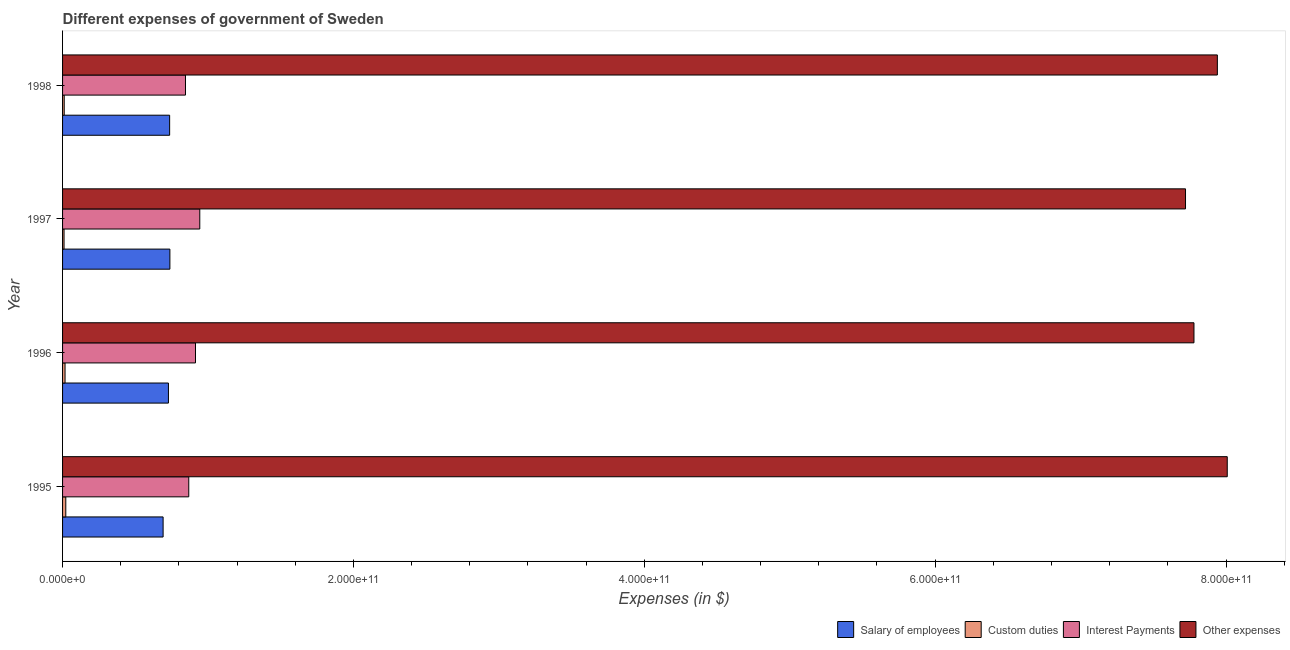
| Year | Salary of employees | Custom duties | Interest Payments | Other expenses |
 | --- | --- | --- | --- | --- |
 | 1995 | 6.91e+10 | 2.22e+09 | 8.68e+10 | 8.01e+11 |
 | 1996 | 7.28e+10 | 1.7e+09 | 9.14e+10 | 7.78e+11 |
 | 1997 | 7.38e+10 | 1.02e+09 | 9.44e+10 | 7.72e+11 |
 | 1998 | 7.36e+10 | 1.14e+09 | 8.45e+10 | 7.94e+11 |